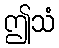
ဤသံ